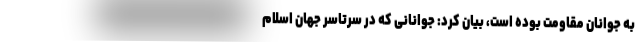
به جوانان مقاومت بوده است، بیان کرد: جوانانی که در سرتاسر جهان اسلام